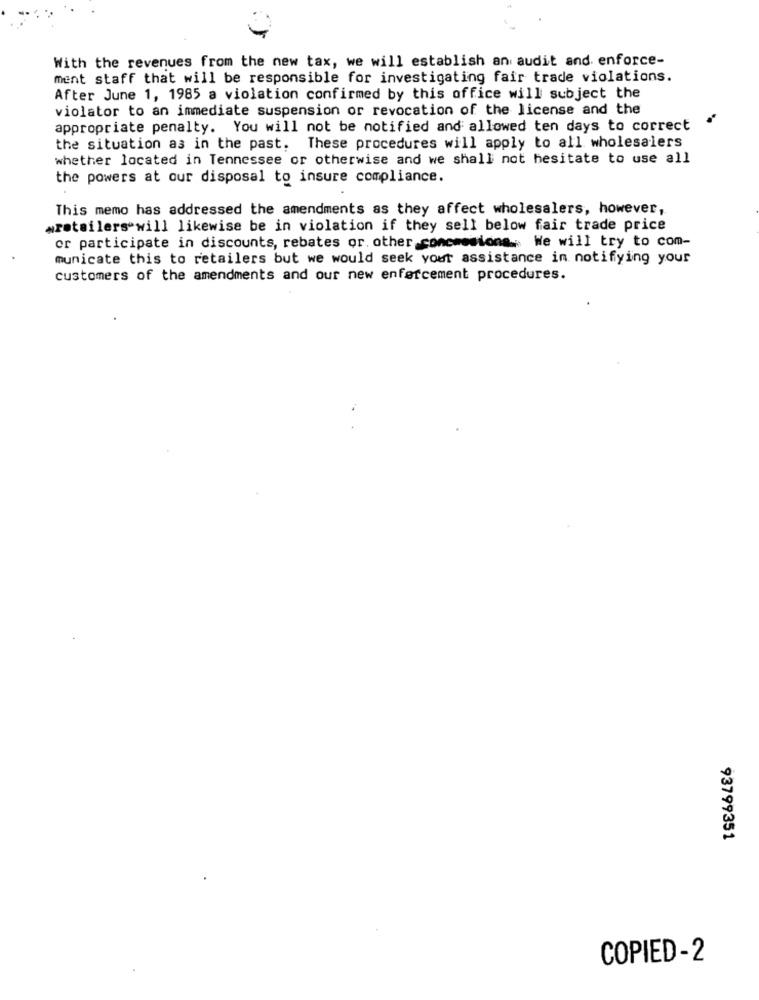
With the revenues from the new tax, we will establish an audit and enforce-
ment staff that will be responsible for investigating fair trade violations.
After June 1, 1985 a violation confirmed by this office will subject the
violator to an immediate suspension or revocation of the license and the
appropriate penalty. You will not be notified and allowed ten days to correct
the situation as in the past. These procedures will apply to all wholesalers
whether located in Tennessee or otherwise and we shall not hesitate to use all
the powers at our disposal to insure compliance.
This memo has addressed the amendments as they affect wholesalers, however,
wretailers"will likewise be in violation if they sell below fair trade price
or participate in discounts, rebates or. other concessions. We will try to com-
municate this to retailers but we would seek your assistance in notifying your
customers of the amendments and our new enforcement procedures.
93799351
COPIED-2